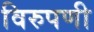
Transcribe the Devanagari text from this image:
विरुपणी